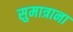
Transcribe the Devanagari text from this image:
सुमात्राना